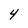
Character: 4